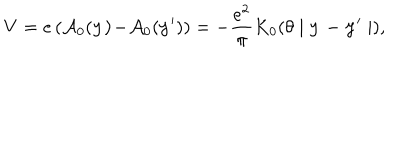
LaTeX: V = e \left( \mathcal { A } _ { 0 } ( \mathbf { y ) - } \mathcal { A } _ { 0 } ( \mathbf { y } ^ { \prime } ) \right) = - \frac { e ^ { 2 } } { \pi } K _ { 0 } ( \theta \mid \mathbf { y - y } ^ { \prime } \mid ) ,